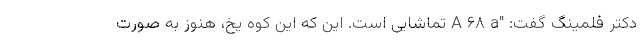
دکتر فلمینگ گفت: "A ۶۸ a تماشایی است. این که این کوه یخ، هنوز به صورت